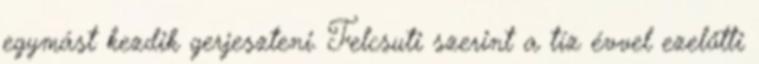
egymást kezdik gerjeszteni. Felcsuti szerint a tíz évvel ezelőtti